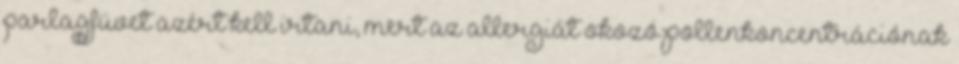
parlagfüvet azért kell irtani, mert az allergiát okozó pollenkoncentrációnak